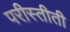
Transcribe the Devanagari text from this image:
परीस्तीती